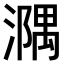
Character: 𣿃